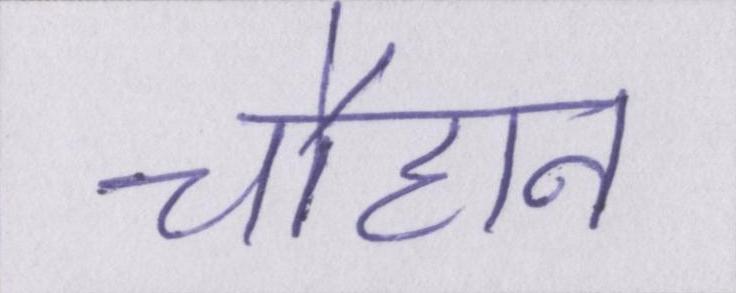
चौहान